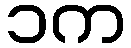
၁က